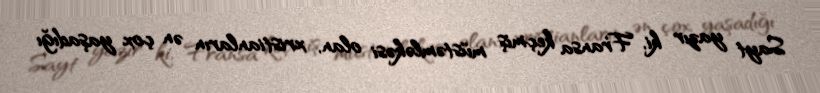
Sayt yazır ki, Fransa keçmiş müstəmləkəsi olan, xristianların ən çox yaşadığı